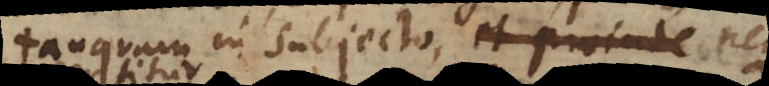
tanquam in subjecto, et proinde cum